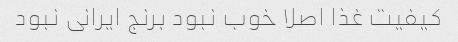
کیفیت غذا اصلا خوب نبود برنج ایرانی نبود